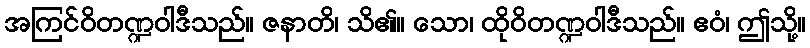
အကြင်ဝိတဏ္ဍဝါဒီသည်။ ဇနာတိ၊ သိ၏။ သော၊ ထိုဝိတဏ္ဍဝါဒီသည်။ ဧဝံ၊ ဤသို့။